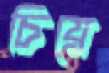
চিয়ে